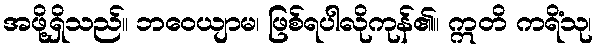
အဖို့ရှိသည်။ ဘဝေယျာမ၊ ဖြစ်ရပါလိုကုန်၏။ ဣတိ ကရိံသု၊